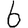
Digit: 6